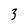
Character: 3